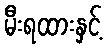
မီးရထားနှင့်